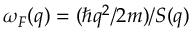
\omega _ { F } ( q ) = ( \hbar q ^ { 2 } / 2 m ) / S ( q )